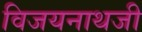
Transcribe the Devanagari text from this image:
विजयनाथजी